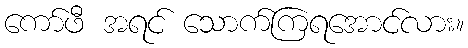
ကော်ဖီ အရင် သောက်ကြရအောင်လား။